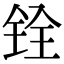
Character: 铨